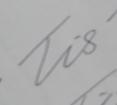
Signature authenticity: genuine